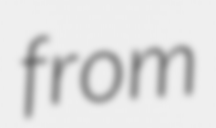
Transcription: from